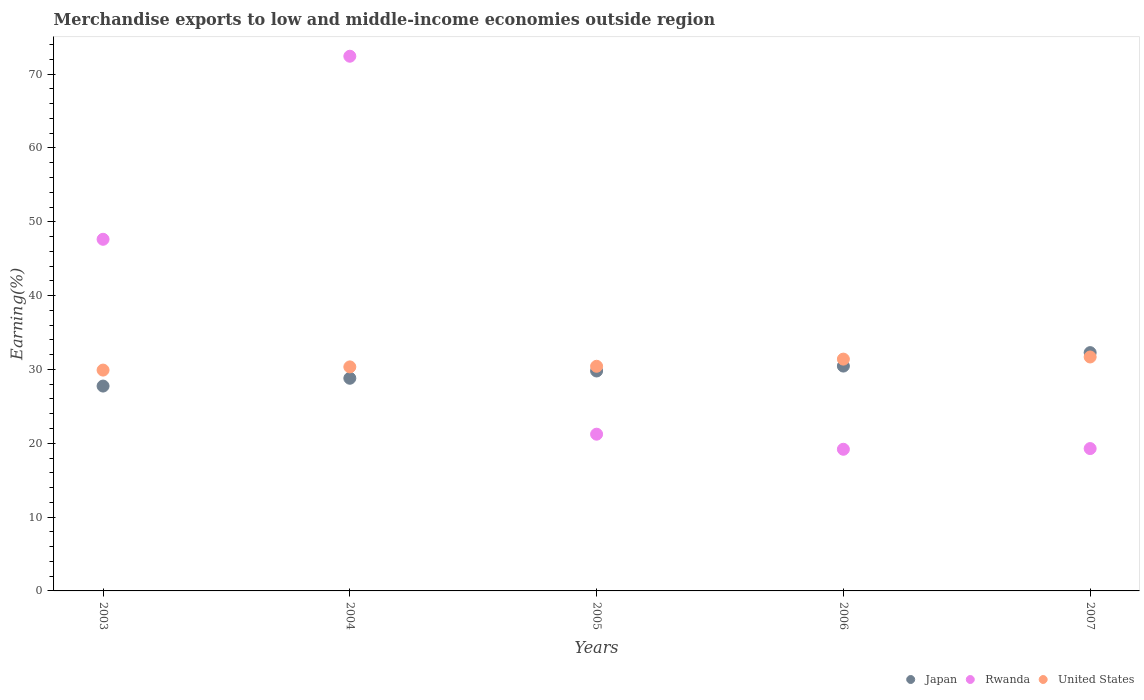
| Years | Japan | Rwanda | United States |
 | --- | --- | --- | --- |
 | 2003 | 27.7 | 47.6 | 29.9 |
 | 2004 | 28.8 | 72.4 | 30.3 |
 | 2005 | 29.8 | 21.2 | 30.4 |
 | 2006 | 30.5 | 19.2 | 31.4 |
 | 2007 | 32.3 | 19.3 | 31.7 |